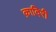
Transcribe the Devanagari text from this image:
क़ादिरी